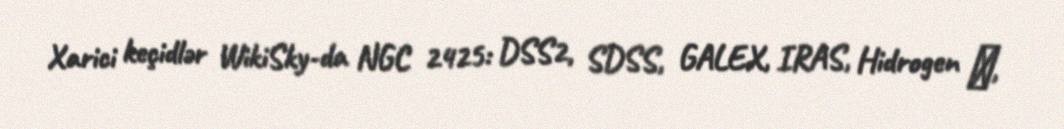
Xarici keçidlər WikiSky-da NGC 2425: DSS2, SDSS, GALEX, IRAS, Hidrogen α,